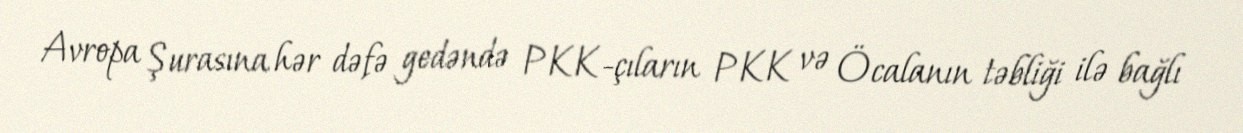
Avropa Şurasına hər dəfə gedəndə PKK-çıların PKK və Öcalanın təbliği ilə bağlı